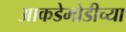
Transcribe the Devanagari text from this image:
आकडेमोडीच्या